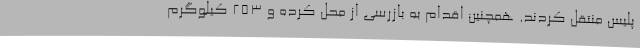
پلیس منتقل کردند. همچنین اقدام به بازرسی از محل کرده و 253 کیلوگرم